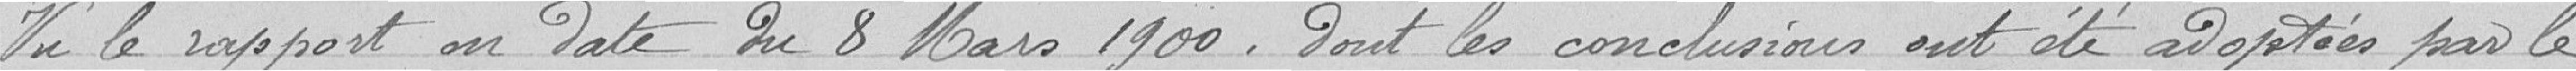
Vu le rapport en date du 8 mars 1900, dont les conclusions ont été adoptées par le